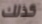
كذلك